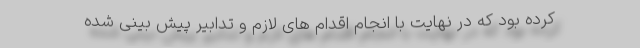
کرده بود که در نهایت با انجام اقدام های لازم و تدابیر پیش بینی شده